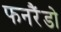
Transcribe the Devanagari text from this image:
फनरैंडो